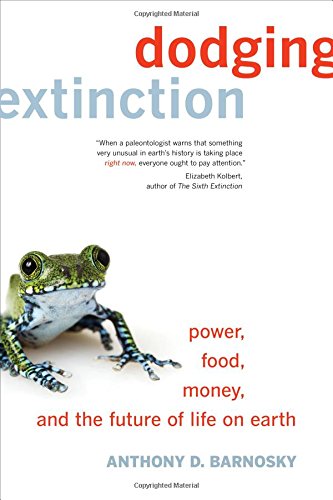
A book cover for Dodging Extinction: Power, Food, Money, and the Future of Life on Earth; Anthony D. Barnosky; Science & Math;